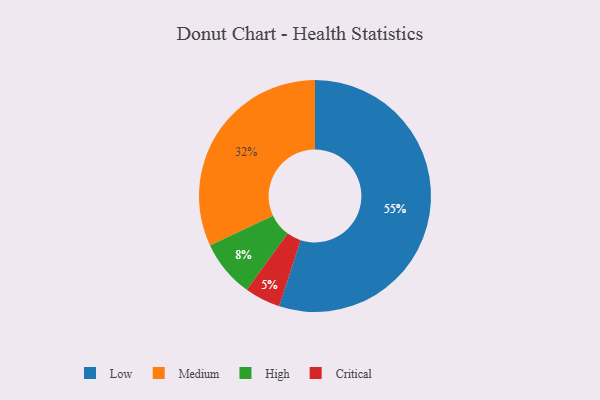
{"axis": {"x": "Category", "y": "Percentage"}, "legend": ["Critical", "High", "Low", "Medium"], "data": [{"x": "High", "y": 8, "type": "High"}, {"x": "Critical", "y": 5, "type": "Critical"}, {"x": "Medium", "y": 32, "type": "Medium"}, {"x": "Low", "y": 55, "type": "Low"}]}